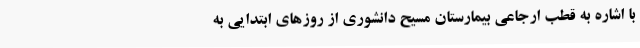
با اشاره به قطب ارجاعی بیمارستان مسیح دانشوری از روزهای ابتدایی به